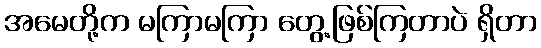
အမေတို့က မကြာမကြာ တွေ့ဖြစ်ကြတာပဲ ရှိတာ